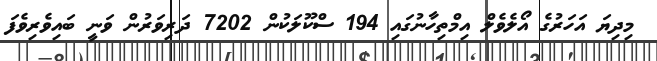
މިދިޔަ އަހަރުގެ އޯލެވެލް އިމްތިހާނުގައި 194 ސްކޫލަކުން 7202 ދަރިވަރުން ވަނީ ބައިވެރިވެފަ